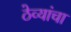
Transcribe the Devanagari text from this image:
ठेव्यांचा